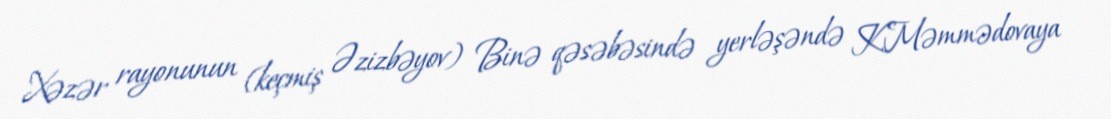
Xəzər rayonunun (keçmiş Əzizbəyov) Binə qəsəbəsində yerləşəndə K.Məmmədovaya